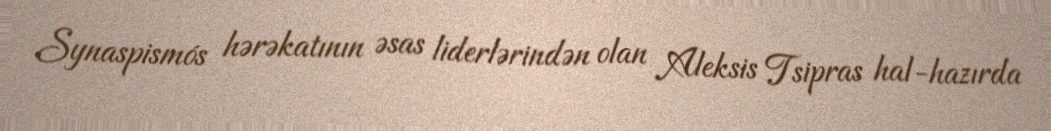
Synaspismós hərəkatının əsas liderlərindən olan Aleksis Tsipras hal-hazırda